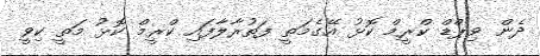
ދެން ވިޕްޑް ކްރީމް ކޮޅު އޭގެމަތީ ފަތުރާލާފައި ކްރީމް ކޮޅު މަތީ ކިވީ